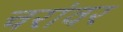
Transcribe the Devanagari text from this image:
चरांवर